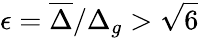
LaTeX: \epsilon=\overline{{\Delta}}/\Delta_{g}>\sqrt{6}